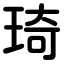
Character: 琦